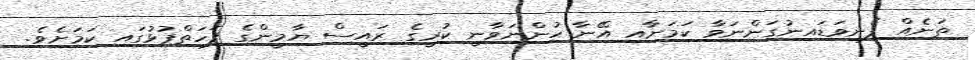
ތަނެއް ފެނިވަޑައިނުގަންނަވާ ކަމަށާއި އޭނާ ހުންނަވާނީ ކުރީގެ ރައީސް ޔާމީންގެ ފަހަތްޕުޅުގައި ކަމަށެވެ.